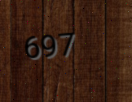
697